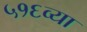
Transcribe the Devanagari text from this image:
५१६व्या